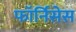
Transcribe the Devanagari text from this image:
फॉर्निसेस